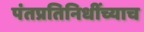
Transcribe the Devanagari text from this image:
पंतप्रतिनिधींच्याच